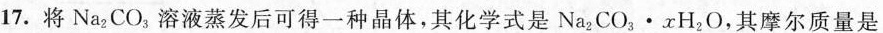
17.将Na_{2}CO_{3}溶液蒸发后可得一种晶体，其化学式是Na_{2}CO_{3}\cdot xH_{2}O，其摩尔质量是